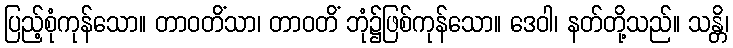
ပြည့်စုံကုန်သော။ တာဝတိံသာ၊ တာဝတိံ ဘုံ၌ဖြစ်ကုန်သော။ ဒေဝါ၊ နတ်တို့သည်။ သန္တိ၊